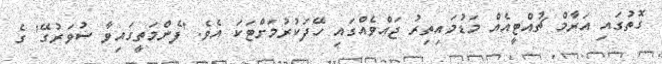
ގޮތުގައި އަރާމް ޗުއްޓީއެއް މަޑުމައިތިރު ޖައްވެއްގައި ހޭދަކުރުމަށްޓަކަ އެވެ. 'ފެންމަތީގައިވާ ސުވަރުގޭ' ގެ